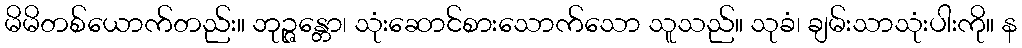
မိမိတစ်ယောက်တည်း။ ဘုဉ္ဇန္တော၊ သုံးဆောင်စားသောက်သော သူသည်။ သုခံ၊ ချမ်းသာသုံးပါးကို။ န